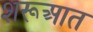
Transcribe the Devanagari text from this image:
शरूआत